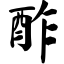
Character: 酢